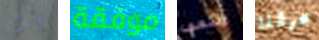
تعرفى موفقة رسمي عرفنا